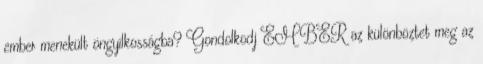
ember menekült öngyilkosságba? Gondolkodj EMBER az különböztet meg az